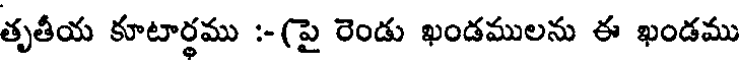
తృతీయ కూటార్థము :- (పై రెండు ఖండములను ఈ ఖండము